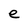
Character: e